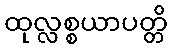
ထုလ္လစ္စယာပတ္တိ